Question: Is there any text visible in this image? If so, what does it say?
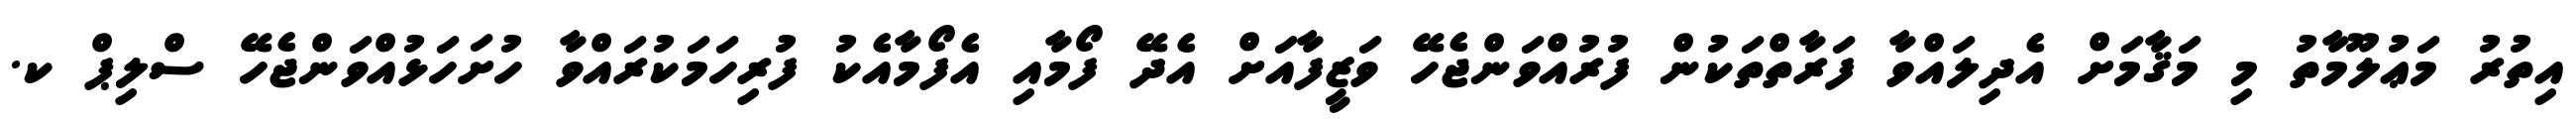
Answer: އިތުރު މަޢުލޫމާތު މި މަޤާމަށް އެދިލައްވާ ފަރާތްތަކުން ފުރުއްވަންޖެހޭ ވަޒީފާއަށް އެދޭ ފޯމާއި އެފޯމާއެކު ފުރިހަމަކުރައްވާ ހުށަހަޅުއްވަންޖެހޭ ސްލިޕް ކ.